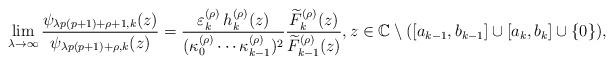
LaTeX: \begin{align*}\lim_{\lambda \to \infty } \frac{\psi_{\lambda p(p+1) + \rho +1,k}(z)}{\psi_{\lambda p(p+1) + \rho,k}(z)} = \frac{\varepsilon_{k}^{(\rho)}\,h_{k}^{(\rho)}(z)}{(\kappa_0^{(\rho)}\cdots\kappa_{k-1}^{(\rho)})^2} \frac{\widetilde{F}_k^{(\rho)}(z)}{\widetilde{F}_{k-1}^{(\rho)}(z)}, z\in\mathbb{C}\setminus([a_{k-1},b_{k-1}]\cup[a_{k},b_{k}]\cup\{0\}),\end{align*}